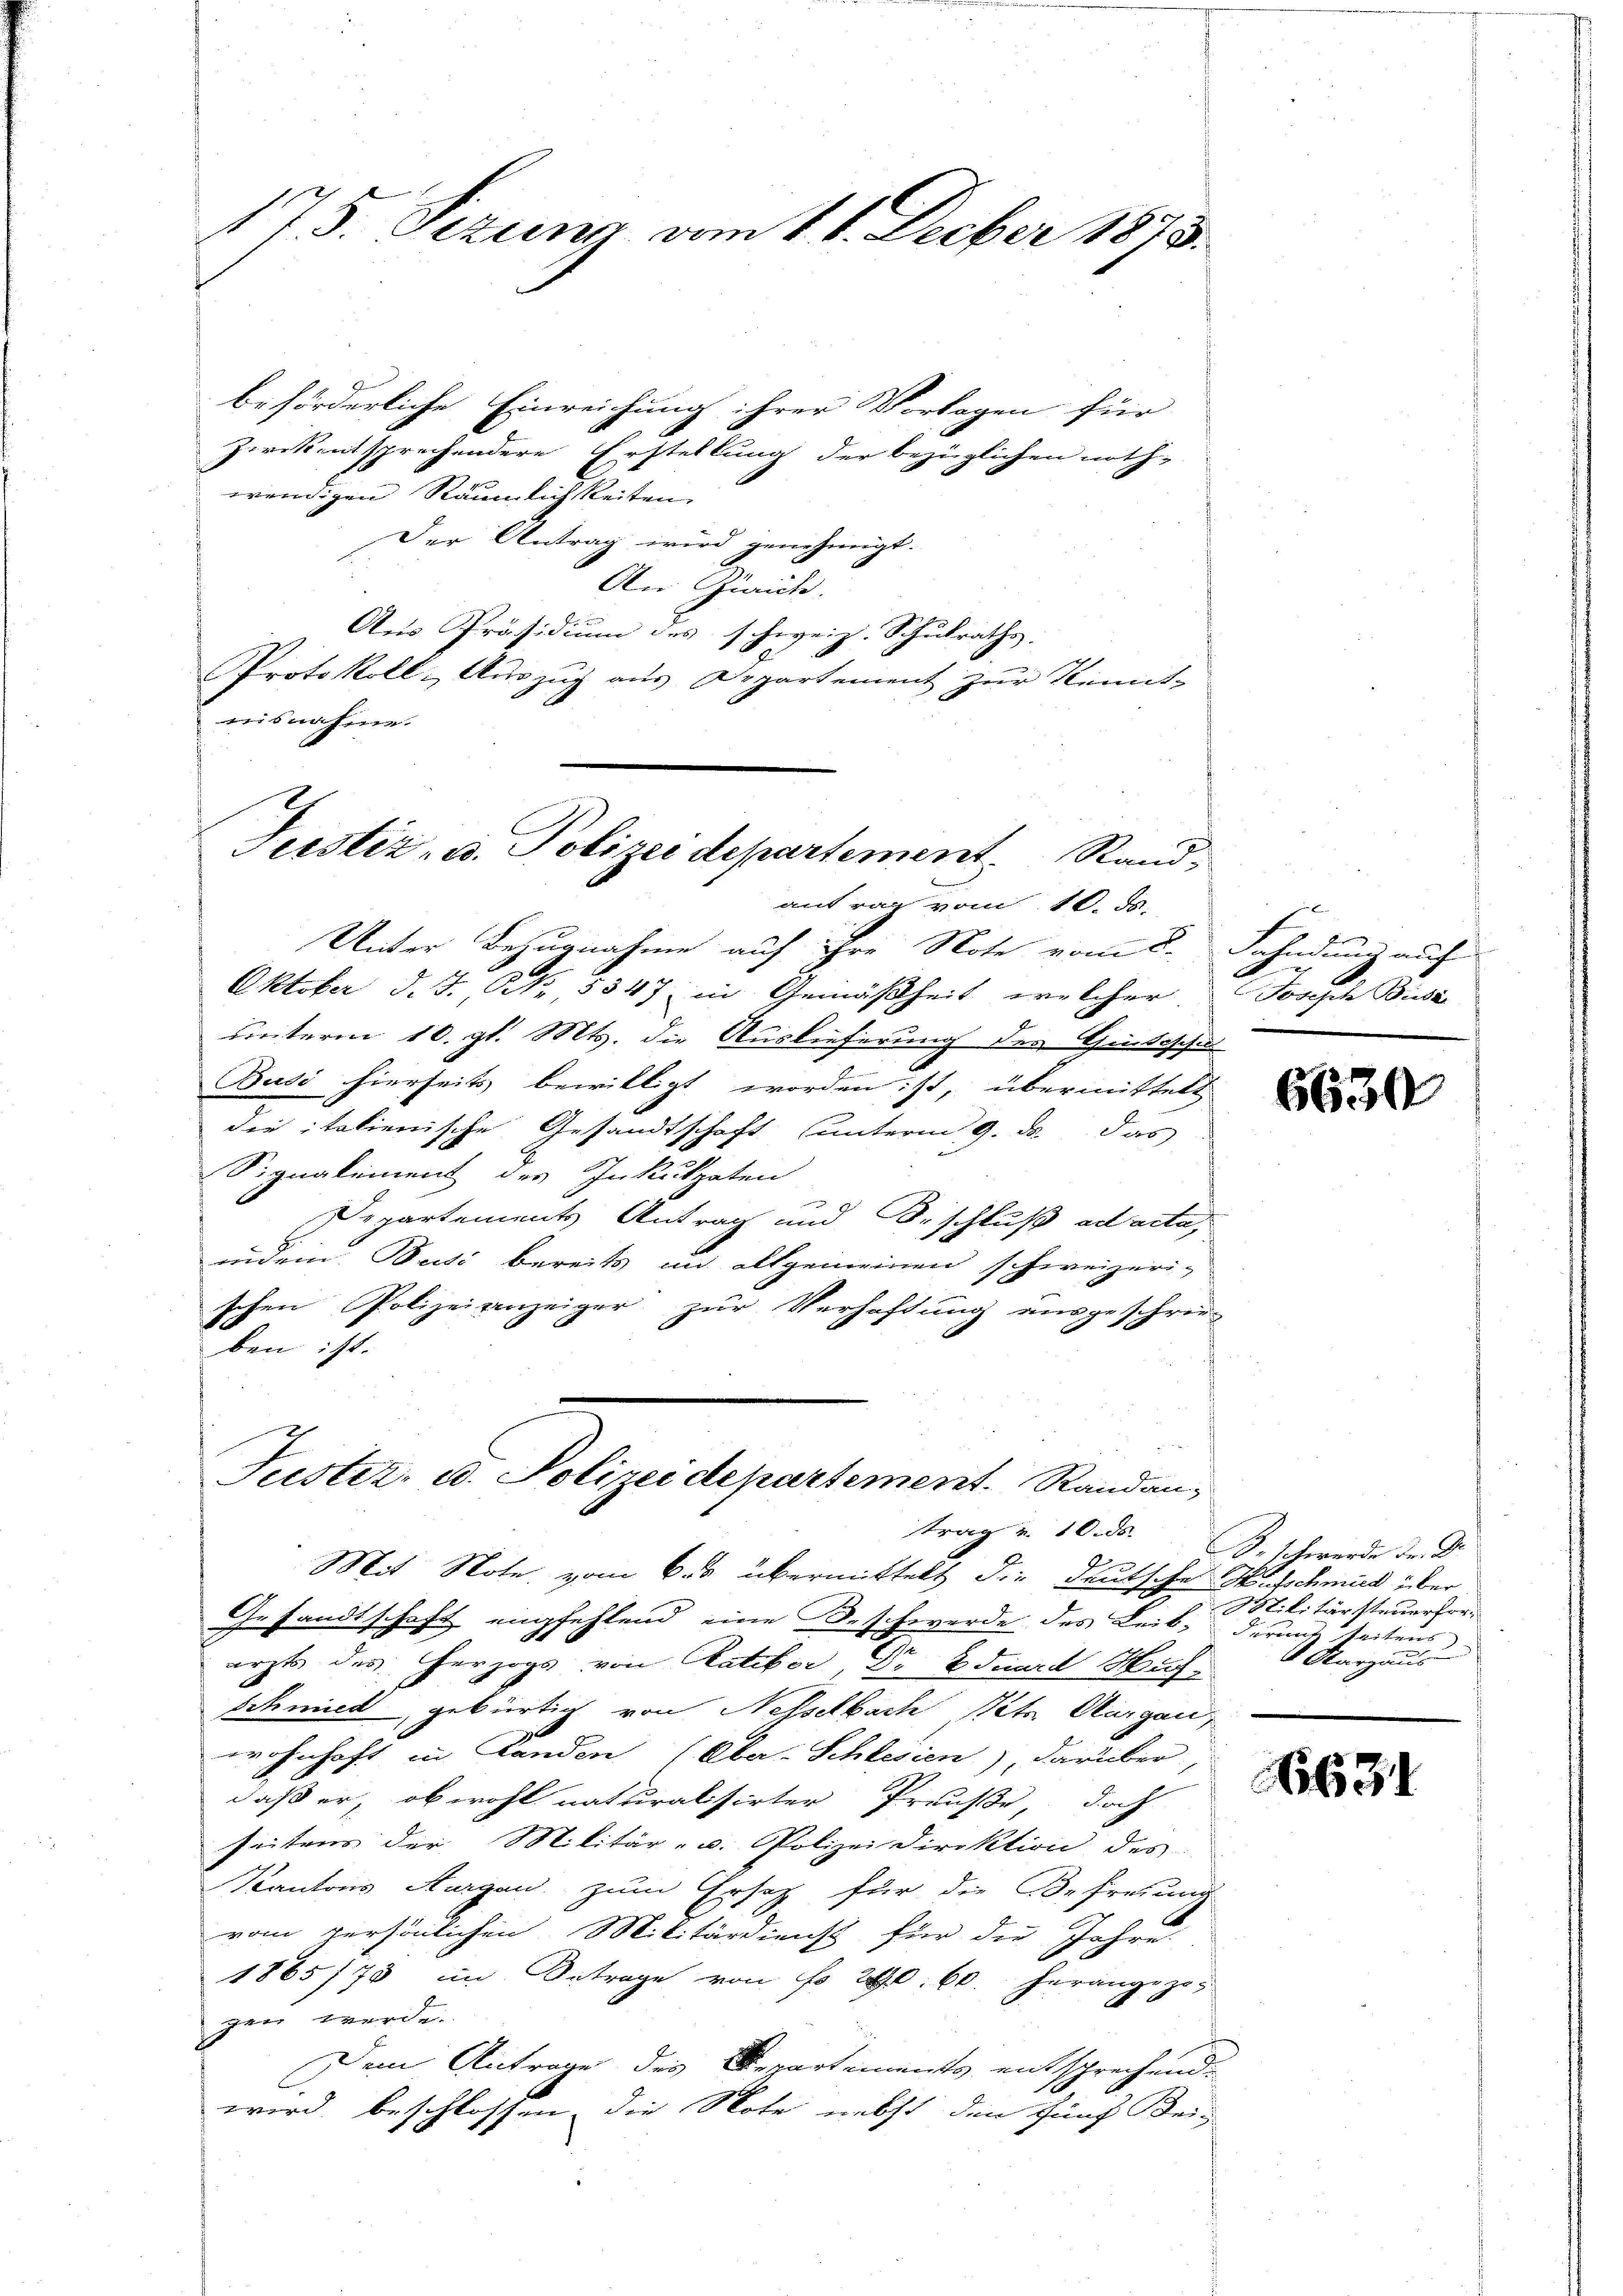
175. Sezung vom 11. Decber 1878.

beförderliche Einreichung ihrer Vorlagen für
Zwikentsprechendere Erstellung der bezüglichen noth-
wendigen Räumlichkeiten.
Der Antrag wird genehmigt.
An Zürich.
Aus Präsidium des schweiz. Schulraths-
Protokoll- Auszug aus Departement zur Kennt-
nisnahme.
Justiz- u. Polizei departement. Stand,

antrag vom 10. ds.

Unter Bezugnahme auf ihre Note vom 8. Fahndung auf
Oktober d. J. P. Nr. 5347 in Gemäßheit, welcher
unterm 10. gl. Mts. die Auslieferung des Guteschu
Busi hierseits bewilligt worden ist, übermittelt
die italienische Gesandtschaft unterm 9. ds. das
Signalement des Inkulpaten
Departements Antrag und Beschluß ad acta,
indem Puti bereits an allgemeinen schweizeri-
schen Polizeianzeiger zur Verhaftung ausgeschrie-
ben ist.

Justiz- u. Polizeidepartement. Randantrag v. 10. ds.
Mit Note vom 6. übermittelt die deutsche Hufschmut über
Gesandtschaft empfehlend eine Seschwerde des Leib seitens

arzt des Herzogs von Katiker, Dr Eduard Wuh¬
Schmied, gebürtig von Nesselbach Petr. Aargau,
wohnhaft in Landen (Aba-Schlesien), darüber,
daß er, obwohl naturalisirter Preuße, doch
seitens der Militär- u. Polizeidirektion des
Kantons Aargau, zum Ersatz für die Befreiung
vom persönlichen Militärdienst für die Jahre.
1865/78 im Betrage von No 290. 60. herangezo-
gaer werde.
Dem Antrage des Departements entsprechend.
wird, beschlossen die Note nebst den fünf Bei-

Jorste Sicher

6630

K. schwerden Dr. Dr.
Militärsteuerfor-
Karzus

4631